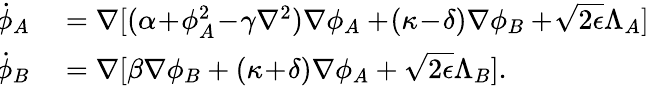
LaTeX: \begin{array}{rl}{\! \dot{\phi}_{A}}&{{}=\nabla[(\alpha\! +\! \phi_{A}^{2}\! -\! \gamma\nabla^{2})\nabla\phi_{A}+\! (\kappa\! -\! \delta)\nabla\phi_{B}+\! \sqrt{2\epsilon}\Lambda_{A}]}\\ {\! \dot{\phi}_{B}}&{{}=\nabla[\beta\nabla\phi_{B}+(\kappa\! +\! \delta)\nabla\phi_{A}+\sqrt{2\epsilon}\Lambda_{B}].}\end{array}